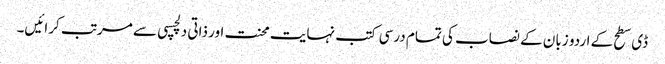
ڈی سطح کے اردو زبان کے نصاب کی تمام درسی کتب نہایت محنت اور ذاتی دلچسپی سے مرتب کرائیں۔